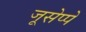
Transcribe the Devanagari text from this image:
जूसेप्पे